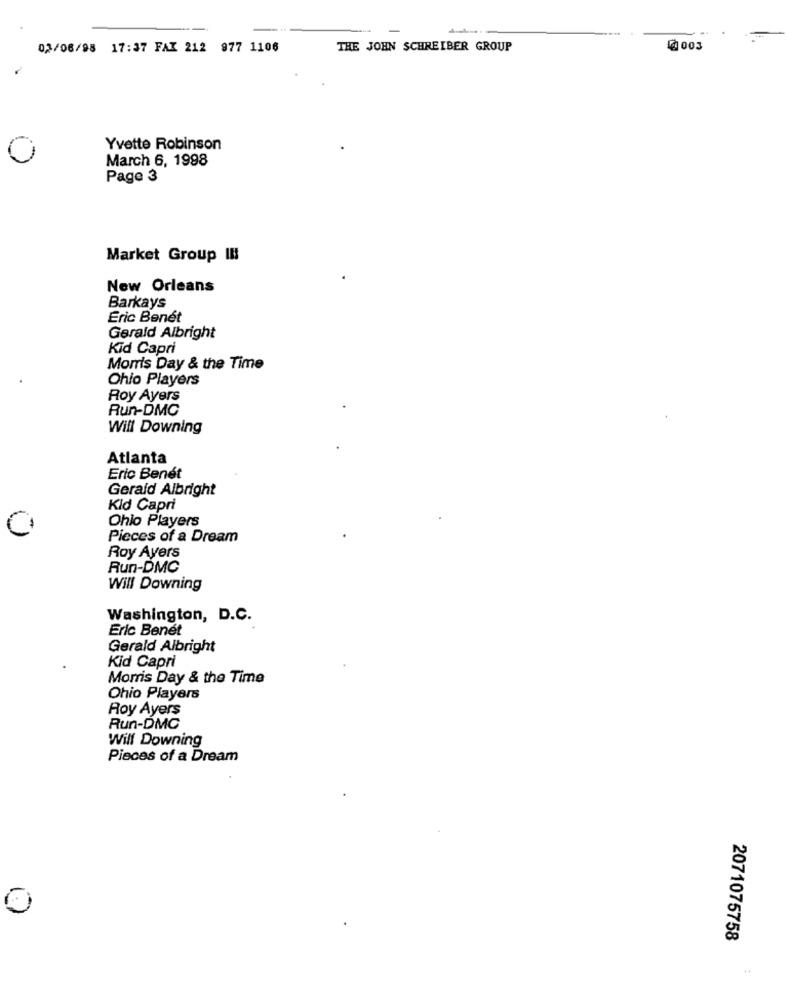
02/06/98 17:37 FAX 212 977 1106
THE JOHN SCHREIBER GROUP
@ 003
Yvette Robinson
March 6, 1998
Page 3
Market Group III
New Orleans
Barkays
Eric Benét
Gerald Albright
Kid Capri
Morris Day & the Time
Ohio Players
Roy Ayers
Run-DMC
Will Downing
Atlanta
Eric Benét
Gerald Albright
Kid Capri
Ohio Players
Pieces of a Dream
Roy Ayers
Run-DMC
Will Downing
Washington, D.C.
Eric Benét
Gerald Albright
Kid Capri
Morris Day & the Time
Ohio Players
Roy Ayers
Run-DMC
Will Downing
Pieces of a Dream
2071075758